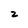
Character: 2